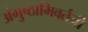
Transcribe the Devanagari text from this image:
अंगुष्ठाभिवर्तनी